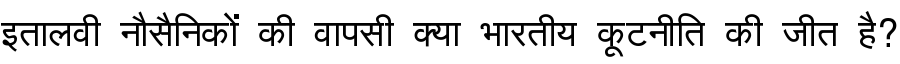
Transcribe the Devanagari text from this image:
इतालवी नौसैनिकों की वापसी क्या भारतीय कूटनीति की जीत है?